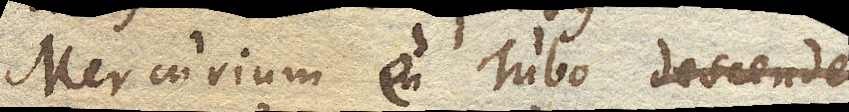
Mercurium e Tubo descende